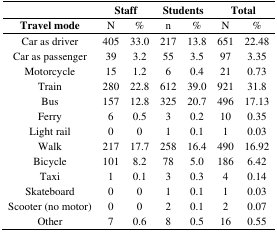
|  | <COLSPAN=2> Staff | <COLSPAN=2> Students | <COLSPAN=2> Total |
 | --- | --- | --- | --- | --- | --- | --- |
 | Travel mode | N | % | n | % | N | % |
 | Car as driver | 405 | 33.0 | 217 | 13.8 | 651 | 22.48 |
 | Car as passenger | 39 | 3.2 | 55 | 3.5 | 97 | 3.35 |
 | Motorcycle | 15 | 1.2 | 6 | 0.4 | 21 | 0.73 |
 | Train | 280 | 22.8 | 612 | 39.0 | 921 | 31.8 |
 | Bus | 157 | 12.8 | 325 | 20.7 | 496 | 17.13 |
 | Ferry | 6 | 0.5 | 3 | 0.2 | 10 | 0.35 |
 | Light rail | 0 | 0 | 1 | 0.1 | 1 | 0.03 |
 | Walk | 217 | 17.7 | 258 | 16.4 | 490 | 16.92 |
 | Bicycle | 101 | 8.2 | 78 | 5.0 | 186 | 6.42 |
 | Taxi | 1 | 0.1 | 3 | 0.3 | 4 | 0.14 |
 | Skateboard | 0 | 0 | 1 | 0.1 | 1 | 0.03 |
 | Scooter (no motor) | 0 | 0 | 2 | 0.1 | 2 | 0.07 |
 | Other | 7 | 0.6 | 8 | 0.5 | 16 | 0.55 |